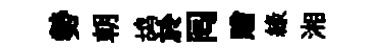
勢朝鸪於囘贈緑湘